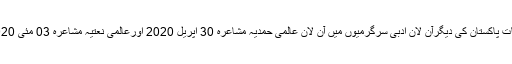
اکادمی ادبیات پاکستان کی دیگرآن لان ادبی سرگرمیوں میں آن لان عالمی حمدیہ مشاعرہ 30 اپریل 2020 اورعالمی نعتیہ مشاعرہ 03 مئی 2020 کوہوگا۔